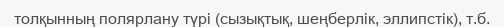
толқынның полярлану түрі (сызықтық, шеңберлік, эллипстік), т.б.